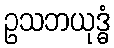
ဥသဘယုဒ္ဓံ